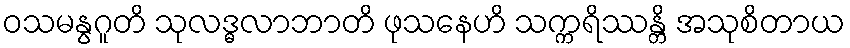
ဝသမနွဂူတိ သုလဒ္ဓလာဘာတိ ဖုသနေဟိ သက္ကရိဿန္တိ အသုစိတာယ